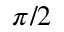
\pi / 2